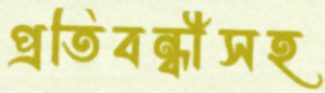
প্রতিবন্ধীসহ